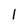
Character: 1